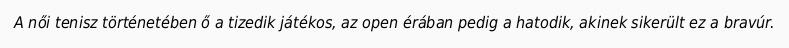
A női tenisz történetében ő a tizedik játékos, az open érában pedig a hatodik, akinek sikerült ez a bravúr.